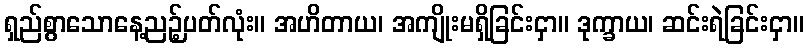
ရှည်စွာသောနေ့ညဉ့်ပတ်လုံး။ အဟိတာယ၊ အကျိုးမရှိခြင်းငှာ။ ဒုက္ခာယ၊ ဆင်းရဲခြင်းငှာ။